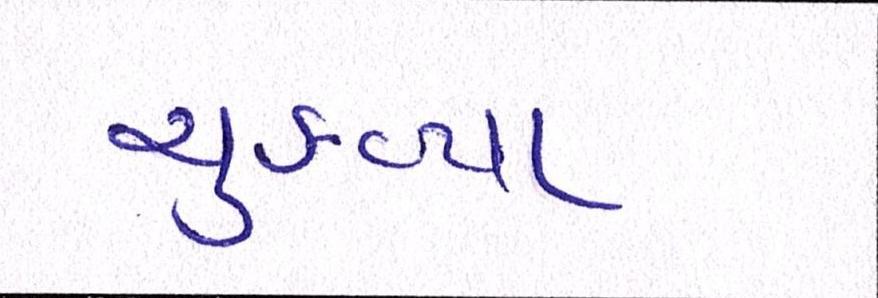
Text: ચુકવ્યા